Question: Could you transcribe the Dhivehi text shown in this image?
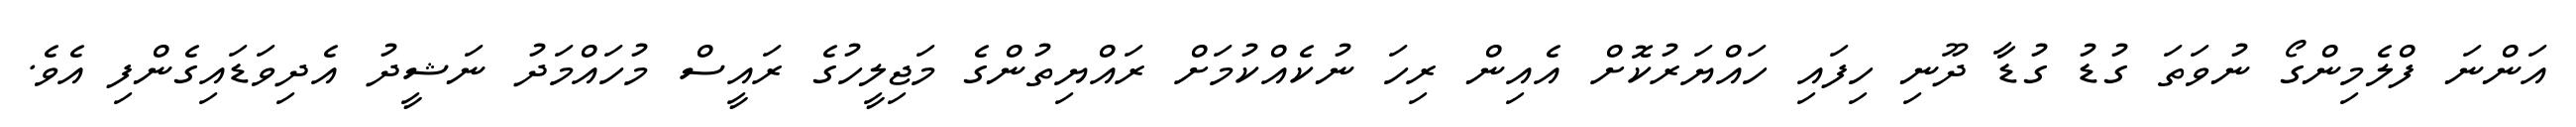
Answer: އަންނަ ފްލެމިންގޯ ނުވަތަ ގުޑު ގުޑާ ދޫނި ހިފައި ހައްޔަރުކޮށް އެއިން ރިހަ ނުކެއްކުމަށް ރައްޔިތުންގެ މަޖިލީހުގެ ރައީސް މުހައްމަދު ނަޝީދު އެދިވަޑައިގެންފި އެވެ.